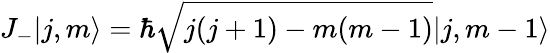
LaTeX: J_{-}|j,m\rangle=\hbar{\sqrt{j(j+1)-m(m-1)}}|j,m-1\rangle